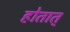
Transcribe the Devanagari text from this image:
होतात्